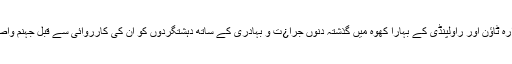
کوئٹہ کے ہزارہ ٹاﺅن اور راولپنڈی کے بہارا کھوہ میں گذشتہ دنوں جرا¿ت و بہادری کے ساتھ دہشتگردوں کو ان کی کارروائی سے قبل جہنم واصل کر دیا گیا۔